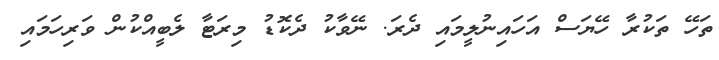
ތަހޭ ތަކުރާ ހޭޔަސް އަހައިނުލީމައި ދެރަ. ނޭވާކު ދެކޮޑު މިރަޓާ ލެބީއްކުން ވަރިހަމައި